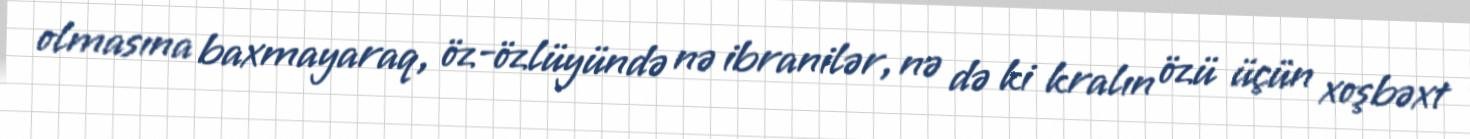
olmasına baxmayaraq, öz-özlüyündə nə ibranilər, nə də ki kralın özü üçün xoşbəxt